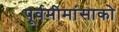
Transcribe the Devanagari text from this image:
पूर्वमीमांसाकाे